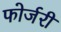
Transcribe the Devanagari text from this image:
फोर्जरी